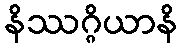
နိဿဂ္ဂိယာနိ